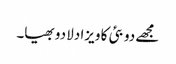
مجھے دوبئی کا ویزا دلا دو بھیا۔